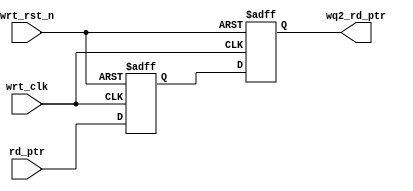
module sync_rd_2_wrt (output reg [6:0] wq2_rd_ptr,
		      input [6:0] rd_ptr,
		      input wrt_clk, wrt_rst_n);
				 
	reg [6:0] temp_ptr;
	
	// 2 flop synchronizer for read point with respect to write clock
	always @(posedge wrt_clk or negedge wrt_rst_n)
		if (!wrt_rst_n) 
			{wq2_rd_ptr, temp_ptr} <= 0;
		else 
			{wq2_rd_ptr, temp_ptr} <= {temp_ptr, rd_ptr};
			
endmodule